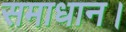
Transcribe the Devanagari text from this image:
समाधान।